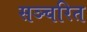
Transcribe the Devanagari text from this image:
सञ्चरित